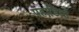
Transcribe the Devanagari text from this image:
पहाडि़यों